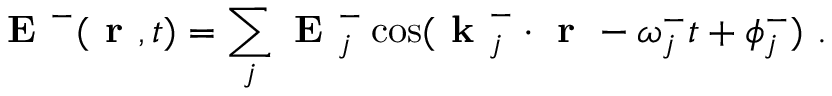
\textbf { E } ^ { - } ( \textbf { r } , t ) = \sum _ { j } \textbf { E } _ { j } ^ { - } \cos ( \textbf { k } _ { j } ^ { - } \cdot \textbf { r } - \omega _ { j } ^ { - } t + \phi _ { j } ^ { - } ) \ .